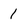
Character: 1